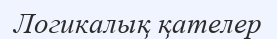
Логикалық қателер